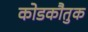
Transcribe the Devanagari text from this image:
कोडकौतुक